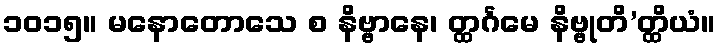
၁၀၁၅။ မနောတောသေ စ နိဗ္ဗာနေ၊ တ္ထင်္ဂမေ နိဗ္ဗုတိ’တ္ထိယံ။